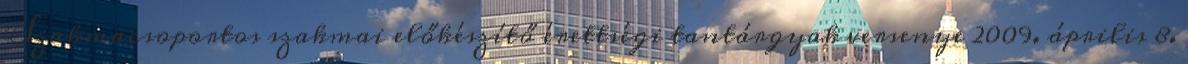
Szakmacsoportos szakmai előkészítő érettségi tantárgyak versenye 2009. április 8.